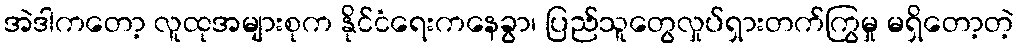
အဲဒါကတော့ လူထုအများစုက နိုင်ငံရေးကနေခွာ၊ ပြည်သူတွေလှုပ်ရှားတက်ကြွမှု မရှိတော့တဲ့